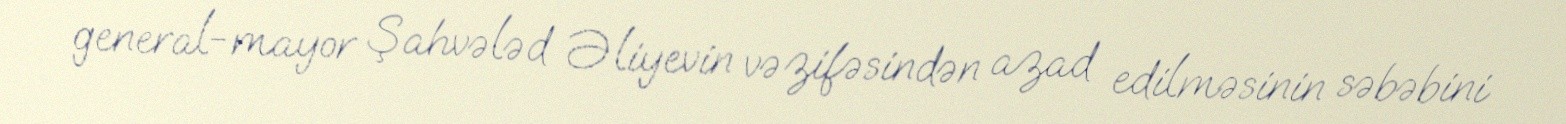
general-mayor Şahvələd Əliyevin vəzifəsindən azad edilməsinin səbəbini